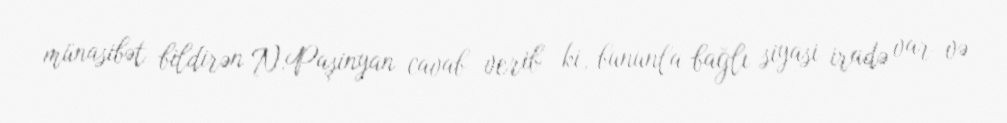
münasibət bildirən N.Paşinyan cavab verib ki, bununla bağlı siyasi iradə var və